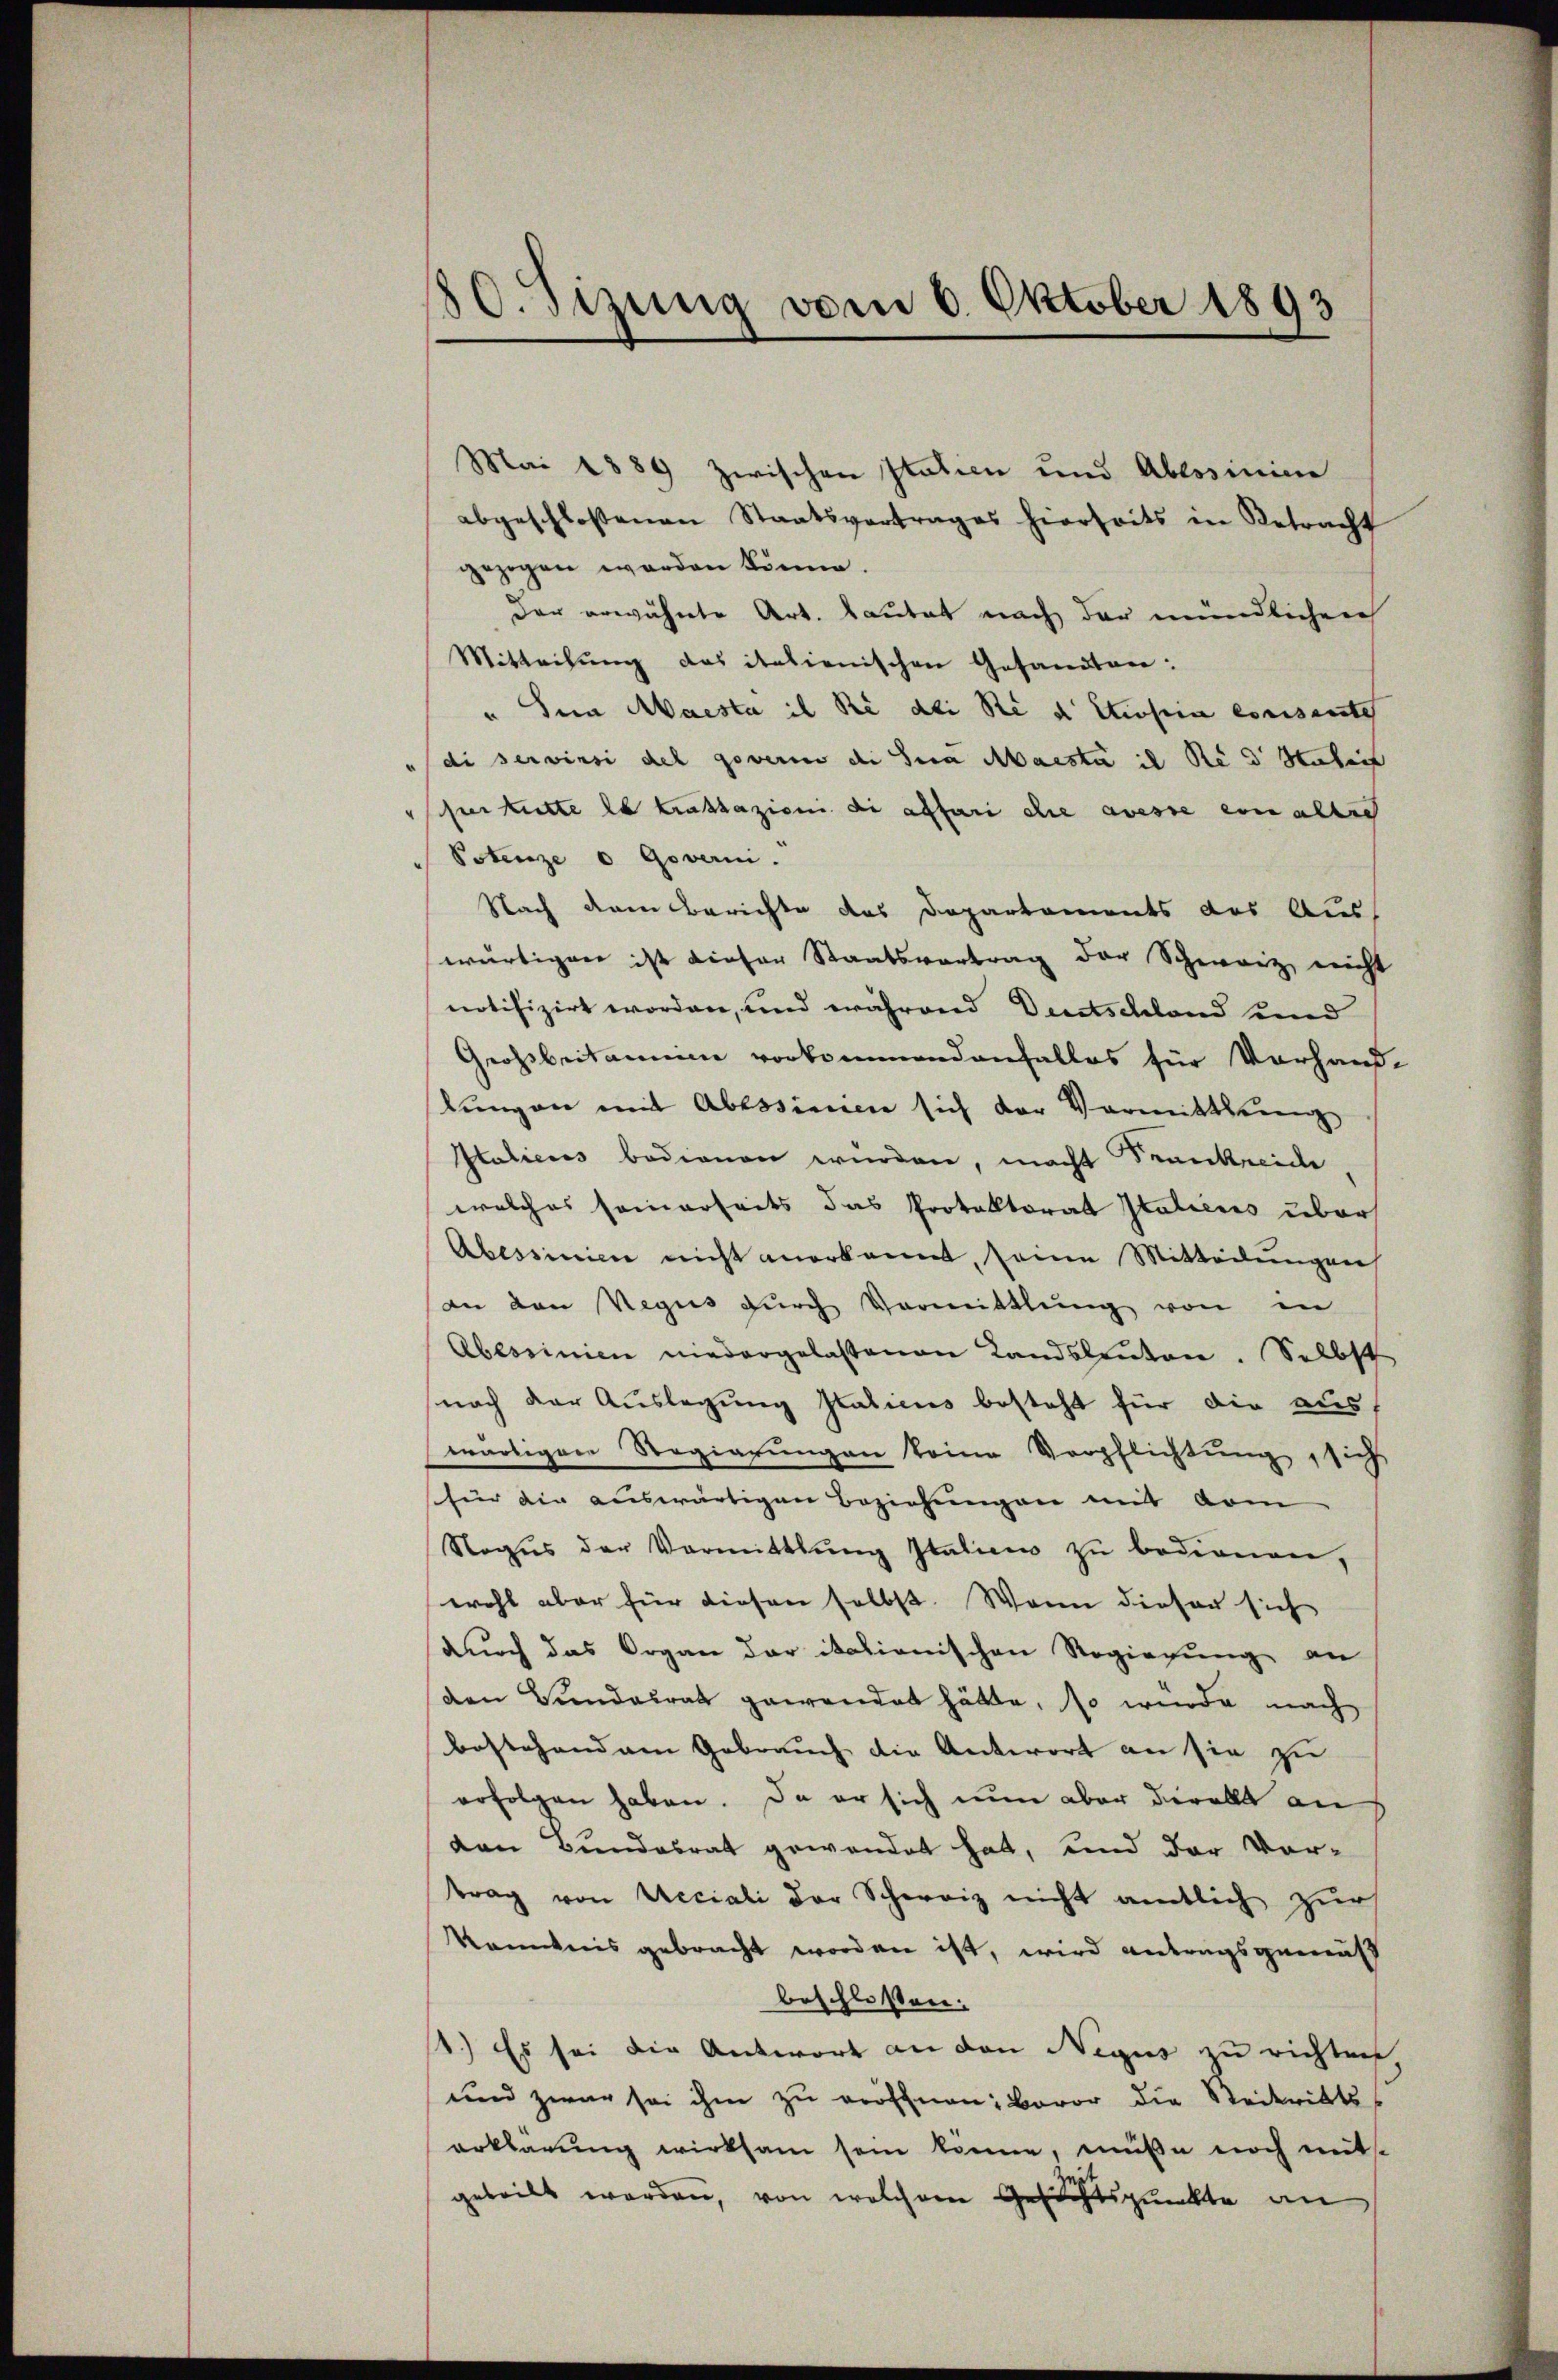
O. sizung vom 6. Oktober 1893

Mai 1889 zwischen Statien und Ablösinim
abgeschlossenen Staatsvertrages hierseits in Betracht
gezogen worden könne.
der erwähnte Art. lautet nach der mündlichen
Mitteilŭng das italienischen Gesandten:
Sein Maesta ich Sie dei Rede Einsein consentes
di servirsi des gewere di sera Abaesta il des Stubai
seer hatte es trattazioni di affari die avesse ein alter
Potenze o Governi.
Nach dem Berichte des Departements des Auswärtigen ist dieser Staatsvertrag der Schweiz, nicht
notifizirt worden, und während Deutschland und
Großbritannien vorkommendenfalles für Vorhand-
kungen mit Abtssinien sich der Vormittlung
Italiens bedienen wurden, macht Sennkreide
welches seinerseits das Protoktorat Italiens über
Abessinien nicht anerkannt, seine Mitteilungen
dn den Negus durch Vormittlung von in
Abessinien niedergelassenen Landsleuten. Selbst
nach der Auslegung statiens besteht für die auswärtigen Regierungen keine Verpflichtung, sich
schier die auswärtigen Beziehungen mit vom
Nogus der Vormittlung Italien zu bedienen,
wohl aber für diesen selbst. Wenn dieser sich
durch das Organ der italionischen Regierung an
den Bundesrat gewandet hätte, so würde nach
bestehendem Gebrauch die Antwort an sie zu
erfolgen haben. Da er sich nun aber derelle an
den Bundesrat gewendet hat, und der Vor-
trag von Ueciali der Schweiz nicht amtlich zur
Kenntnis gebracht worden ist, wird antragsgemäß
beschlossen:
.) Es sei die Antwort an den Negus zu richten,
und zwar sei ihm zu eröffnen: Bevor die Steitritte
erklärung wirksam sein könne, müße noch mits
geteilt werden, von welchem Gesichtspunkte an